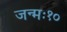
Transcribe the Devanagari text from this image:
जन्मः१०